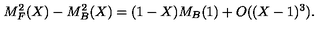
M _ { F } ^ { 2 } ( X ) - M _ { B } ^ { 2 } ( X ) = ( 1 - X ) M _ { B } ( 1 ) + O ( ( X - 1 ) ^ { 3 } ) .